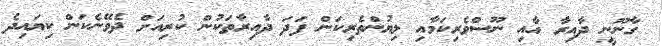
ގާނޫނީ ދާއިރާ އާއި ނޫސްވެރިކަމާއި ލިޔުންތެރިކަން ފަދަ ދާއިރާތަކުން ކުރިއަށް ދެވޭނެކަން ކިޔައިދެ